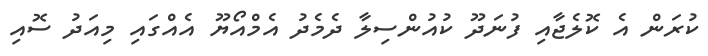
ކުރަން އެ ކޮލެޖާއި ފުނަދޫ ކުއުންސިލާ ދެމެދު އެމްއޯޔޫ އެއްގައި މިއަދު ސޮއި